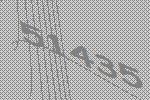
51435